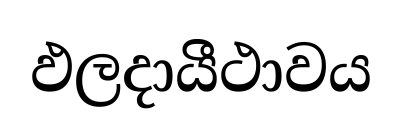
ඵලදායීථාවය